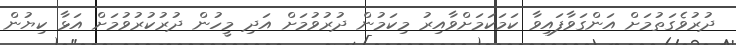
ދުރުވެގަތުމަށް އަންގަވާފައިވާ ކަމަކަމަށްވާއިރު މިކަމުން ދުރުވުމަށް އަދި މީހުން ދުރުކުރުވުމަށް އަޅާ ކިޔުން